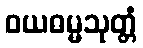
ဝယဓမ္မသုတ္တံ